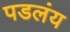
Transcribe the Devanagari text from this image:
पडलंय